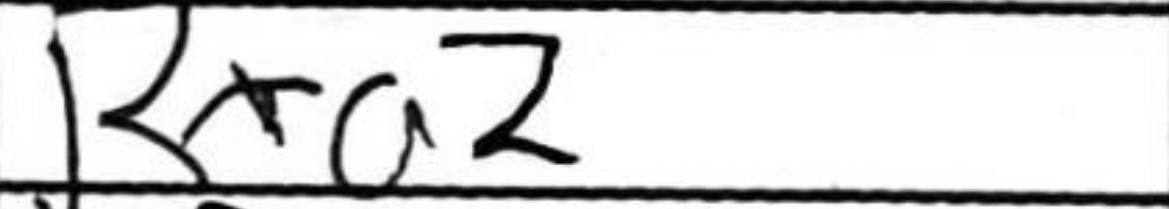
Transcription: Rxa2